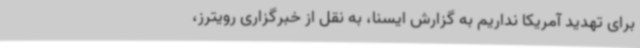
برای تهدید آمریکا نداریم به گزارش ایسنا، به نقل از خبرگزاری رویترز،